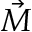
\vec { M }